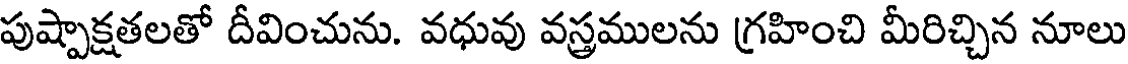
పుష్పాక్షతలతో దీవించును. వధువు వస్త్రములను గ్రహించి మీరిచ్చిన నూలు